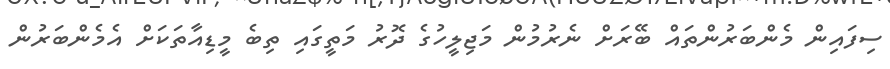
ސިފައިން މެންބަރުންތައް ބޭރަށް ނެރުމުން މަޖިލީހުގެ ދޮރު މަތީގައި ތިބެ މީޑިއާތަކަށް އެމެންބަރުން